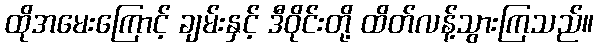
ထိုအမေးကြောင့် ချမ်းနှင့် ဒီဝိုင်းတို့ ထိတ်လန့်သွားကြသည်။